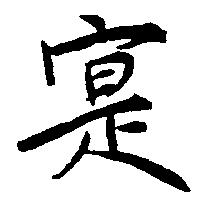
寔